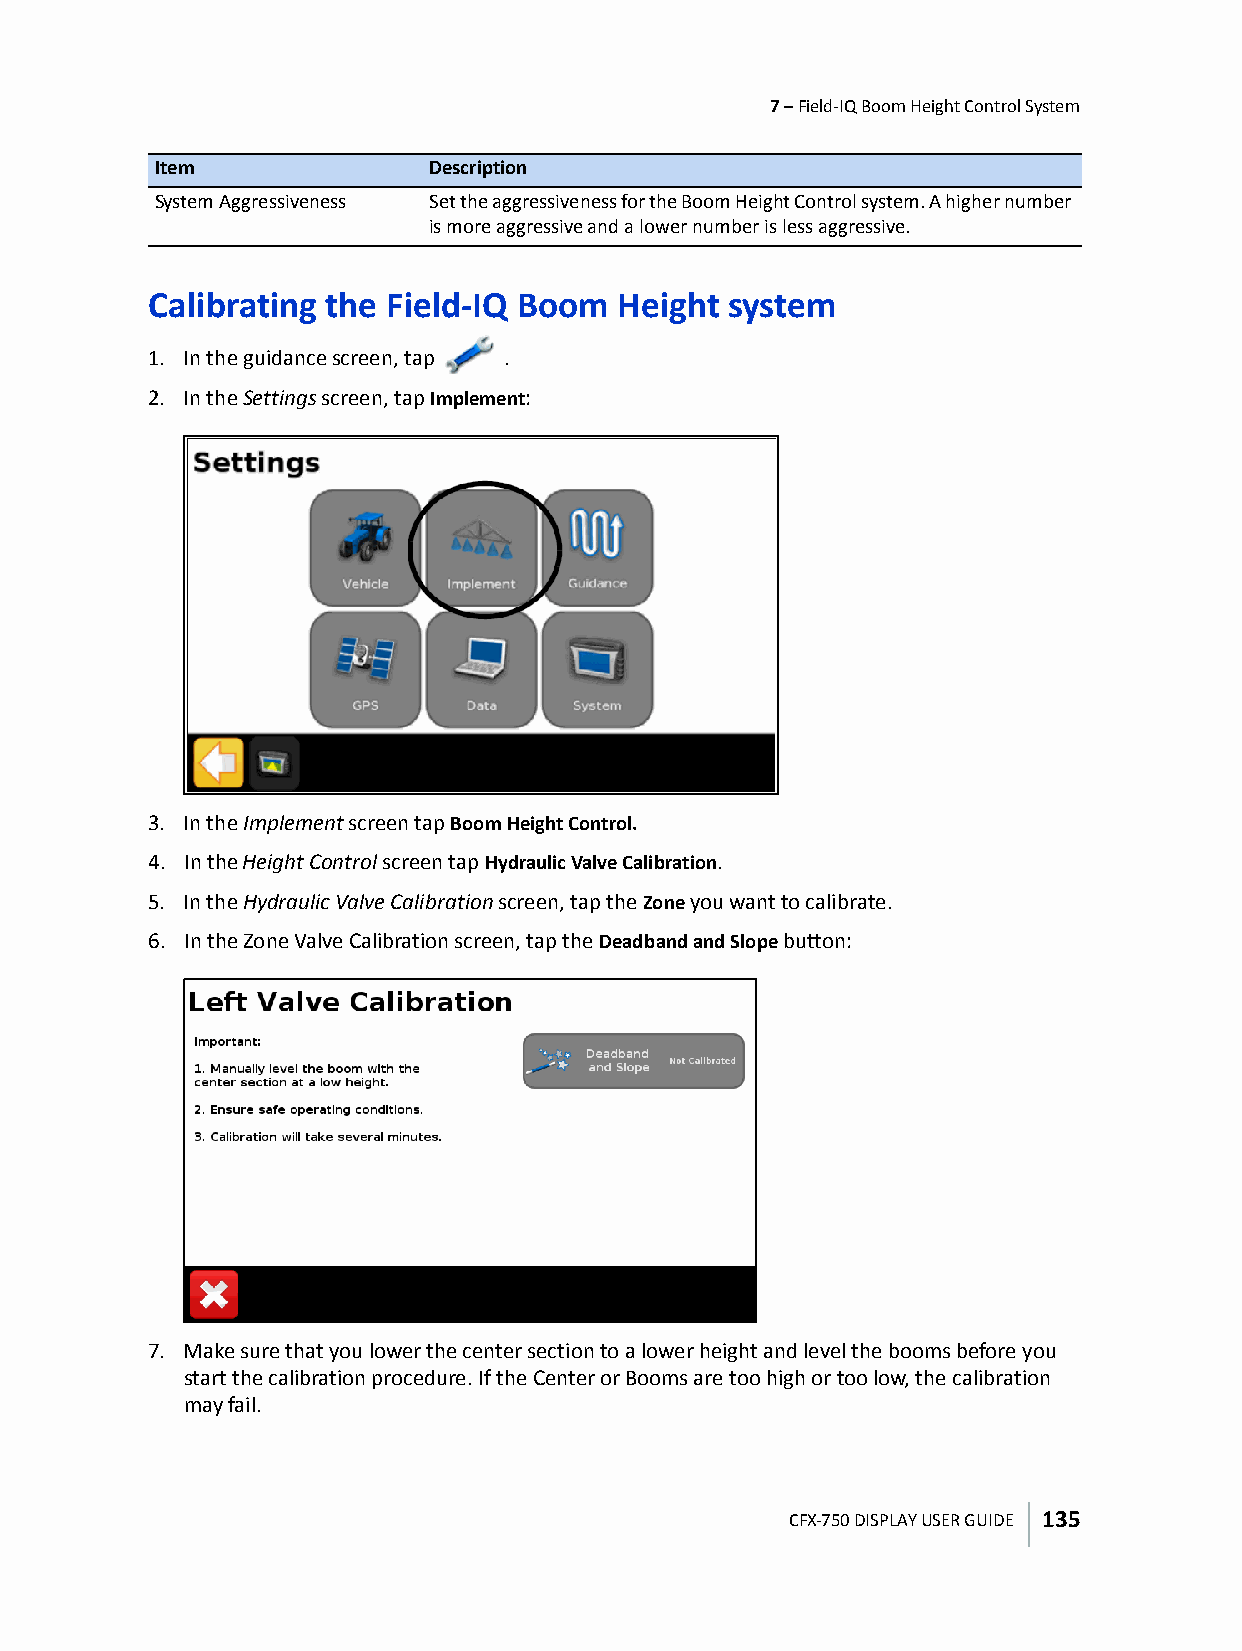
7 – Field-IQ Boom Height Control System
 Item              Description
 System Aggressiveness Set the aggressiveness for the Boom Height Control system. A higher number
 is more aggressive and a lower number is less aggressive.
 Calibrating the Field-IQ Boom  Height system
 1. In the guidance screen, tap .
 2. In the Settings screen, tap Implement:
 3. In the Implement screen tap Boom Height Control.
 4. In the Height Control screen tap Hydraulic Valve Calibration.
 5. In the Hydraulic Valve Calibration screen, tap the Zone you want to calibrate.
 6. In the Zone Valve Calibration screen, tap the Deadband and Slope button:
 7. Make sure that you lower the center section to a lower height and level the booms before you
 start the calibration procedure. If the Center or Booms are too high or too low, the calibration
 may fail.
 CFX-750 DISPLAY USER GUIDE 135